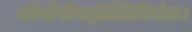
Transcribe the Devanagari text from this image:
श्रीर्गोपीभद्रोक्तिनिर्वतः।